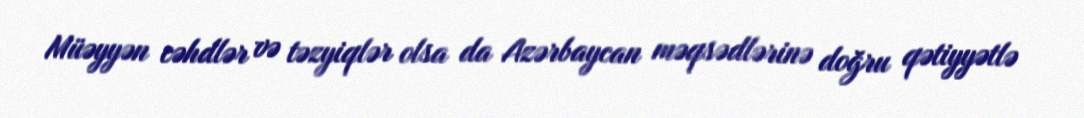
Müəyyən cəhdlər və təzyiqlər olsa da Azərbaycan məqsədlərinə doğru qətiyyətlə